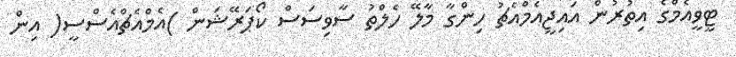
ޓީވީއެމްގެ އިތުރުން އައިޖީއެމްއެޗު ހިންގާ މާލޭ ހެލްތު ސާވިސަސް ކޯޕަރޭޝަން )އެމްއެޗްއެސްސީ( އިން